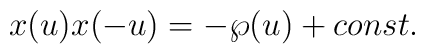
x(u)x(-u)=-\wp(u)+const.